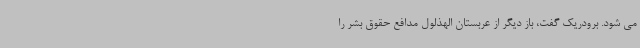
می شود. برودریک گفت، باز دیگر از عربستان الهذلول مدافع حقوق بشر را